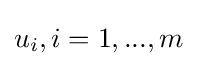
u_{i},i=1,...,m